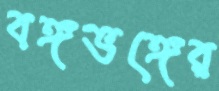
বঙ্গভঙ্গের